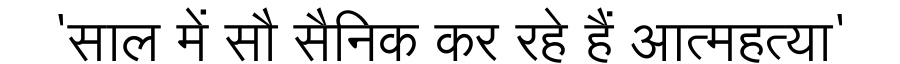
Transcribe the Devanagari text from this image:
'साल में सौ सैनिक कर रहे हैं आत्महत्या'